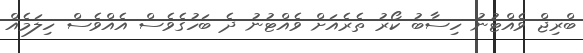
ބްރިޖް ވެއްޓުނު ހިސާބު ކޯރު ތެރެއަށް ވެއްޓުނު ދެ ބަހުގެވެސް އެއްވެސް ހިލަމެއް